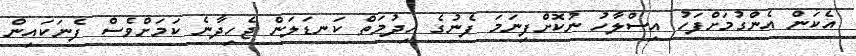
އެކަން އެންގުމަށްފަހު އިސްލާހު ނުކޮށްފިނަމަ ފެނުގެ ހިދުމަތް ކަނޑަލަން ޖެހިދާނެ ކަމަށްވެސް ފެނަކައިން